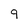
Character: 9